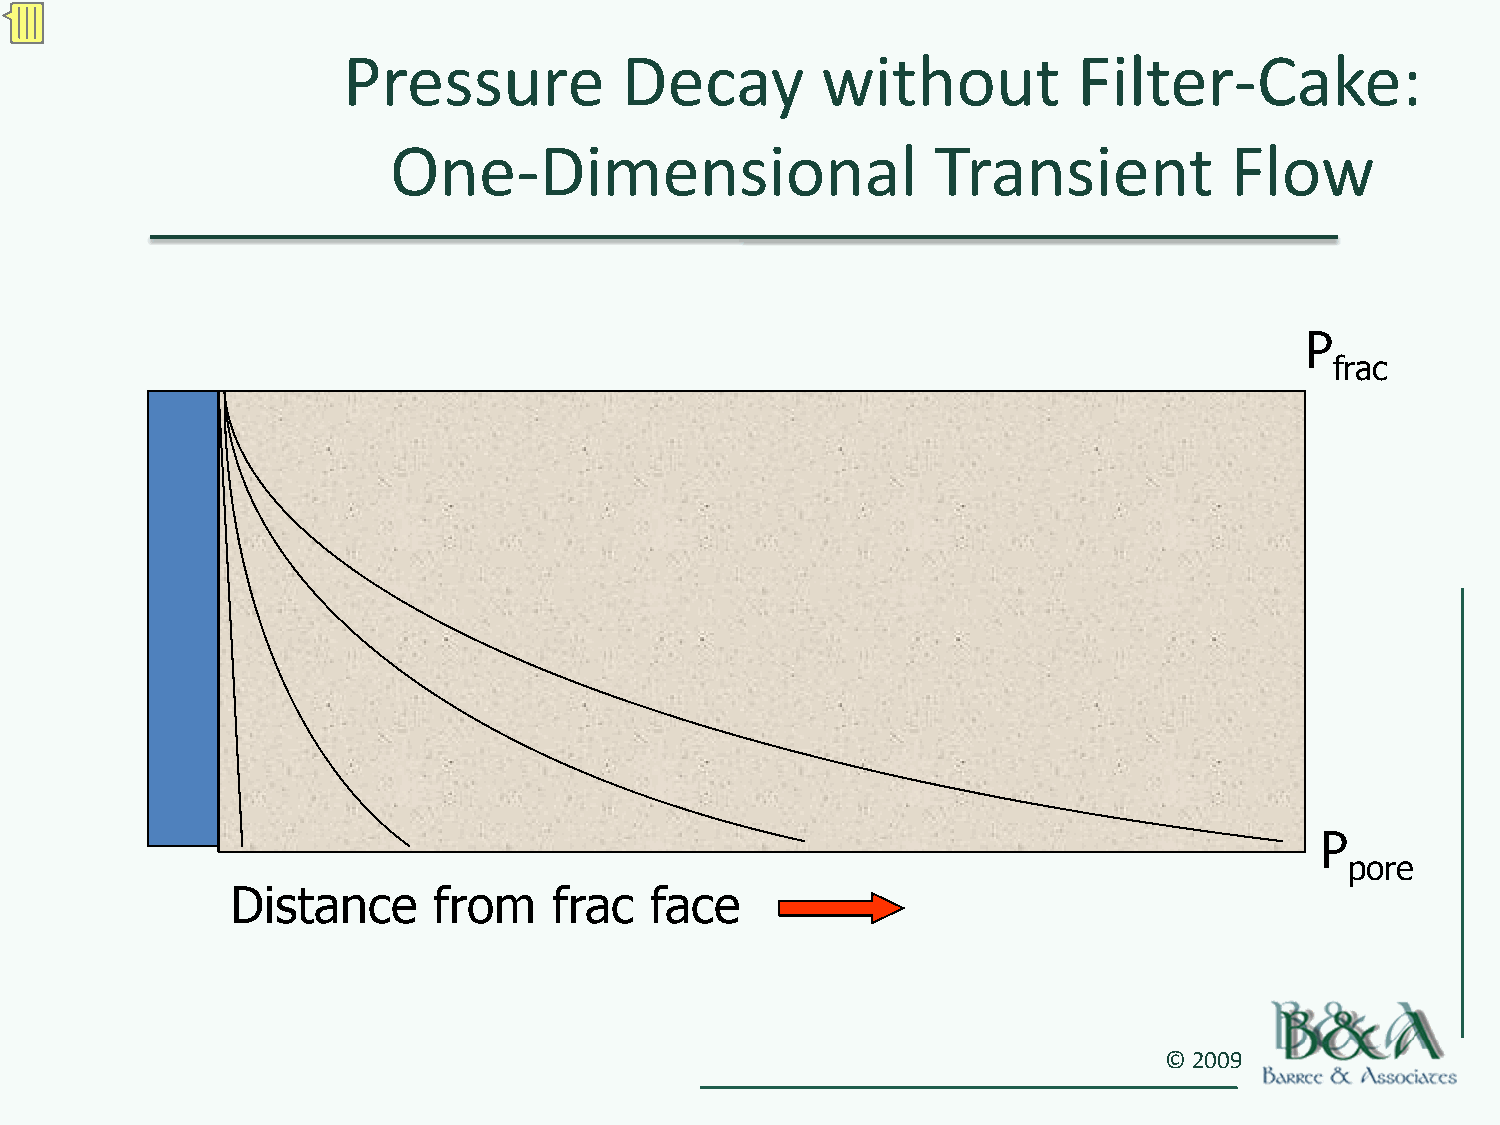
Pressure          Decay        without          Filter‐Cake:
 One‐Dimensional                     Transient          Flow
 P
 frac
 P
 pore
 Distance      from    frac  face
 © 2009